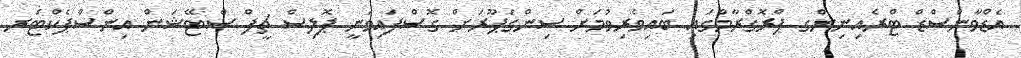
އެޑްވާންސްޑް ޓްރެއިނިންގ ޕްރޮގްރާމްގައި ބައިވެރިވުމަށް ސިންގަޕޫރަށް ގޮސްފައިވަނީ ޕޮލިސް ޗީފް ސްޓޭޝަން އިންސްޕެކްޓަރ